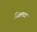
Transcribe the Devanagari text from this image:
गिब्रलटर